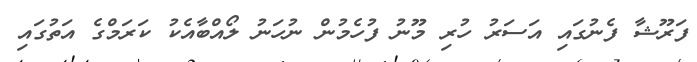
ފަރޫޝާ ފެނުގައި އަސަރު ހުރި މޫނު ފުހެމުން ނުހަނު ލޯއްބާއެކު ކަރަމްގެ އަތުގައި